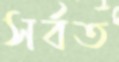
সর্বত